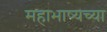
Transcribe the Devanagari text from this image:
महाभाष्यच्या